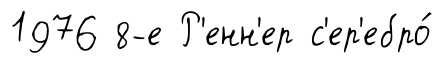
1976 8-е Р'енн'ер с'ер'ебро́